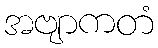
အဗျာကတံ